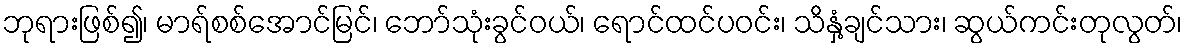
ဘုရားဖြစ်၍၊ မာရ်စစ်အောင်မြင်၊ ဘော်သုံးခွင်ဝယ်၊ ရောင်ထင်ပဝင်း၊ သိနှံ့ချင်သား၊ ဆွယ်ကင်းတုလွတ်၊